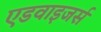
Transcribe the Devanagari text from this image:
एडवाइजर्स